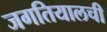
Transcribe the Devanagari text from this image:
जगतियालची